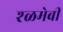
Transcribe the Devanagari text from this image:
श्ळमेबी